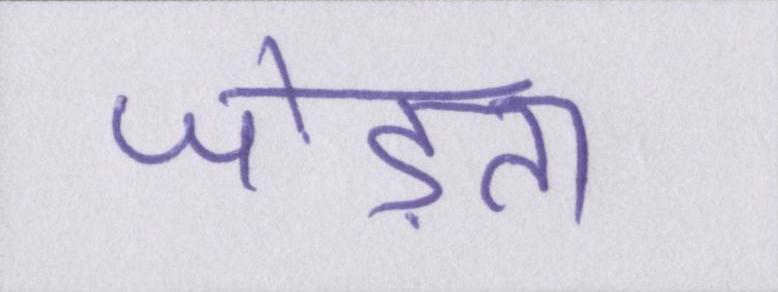
जोड़ता